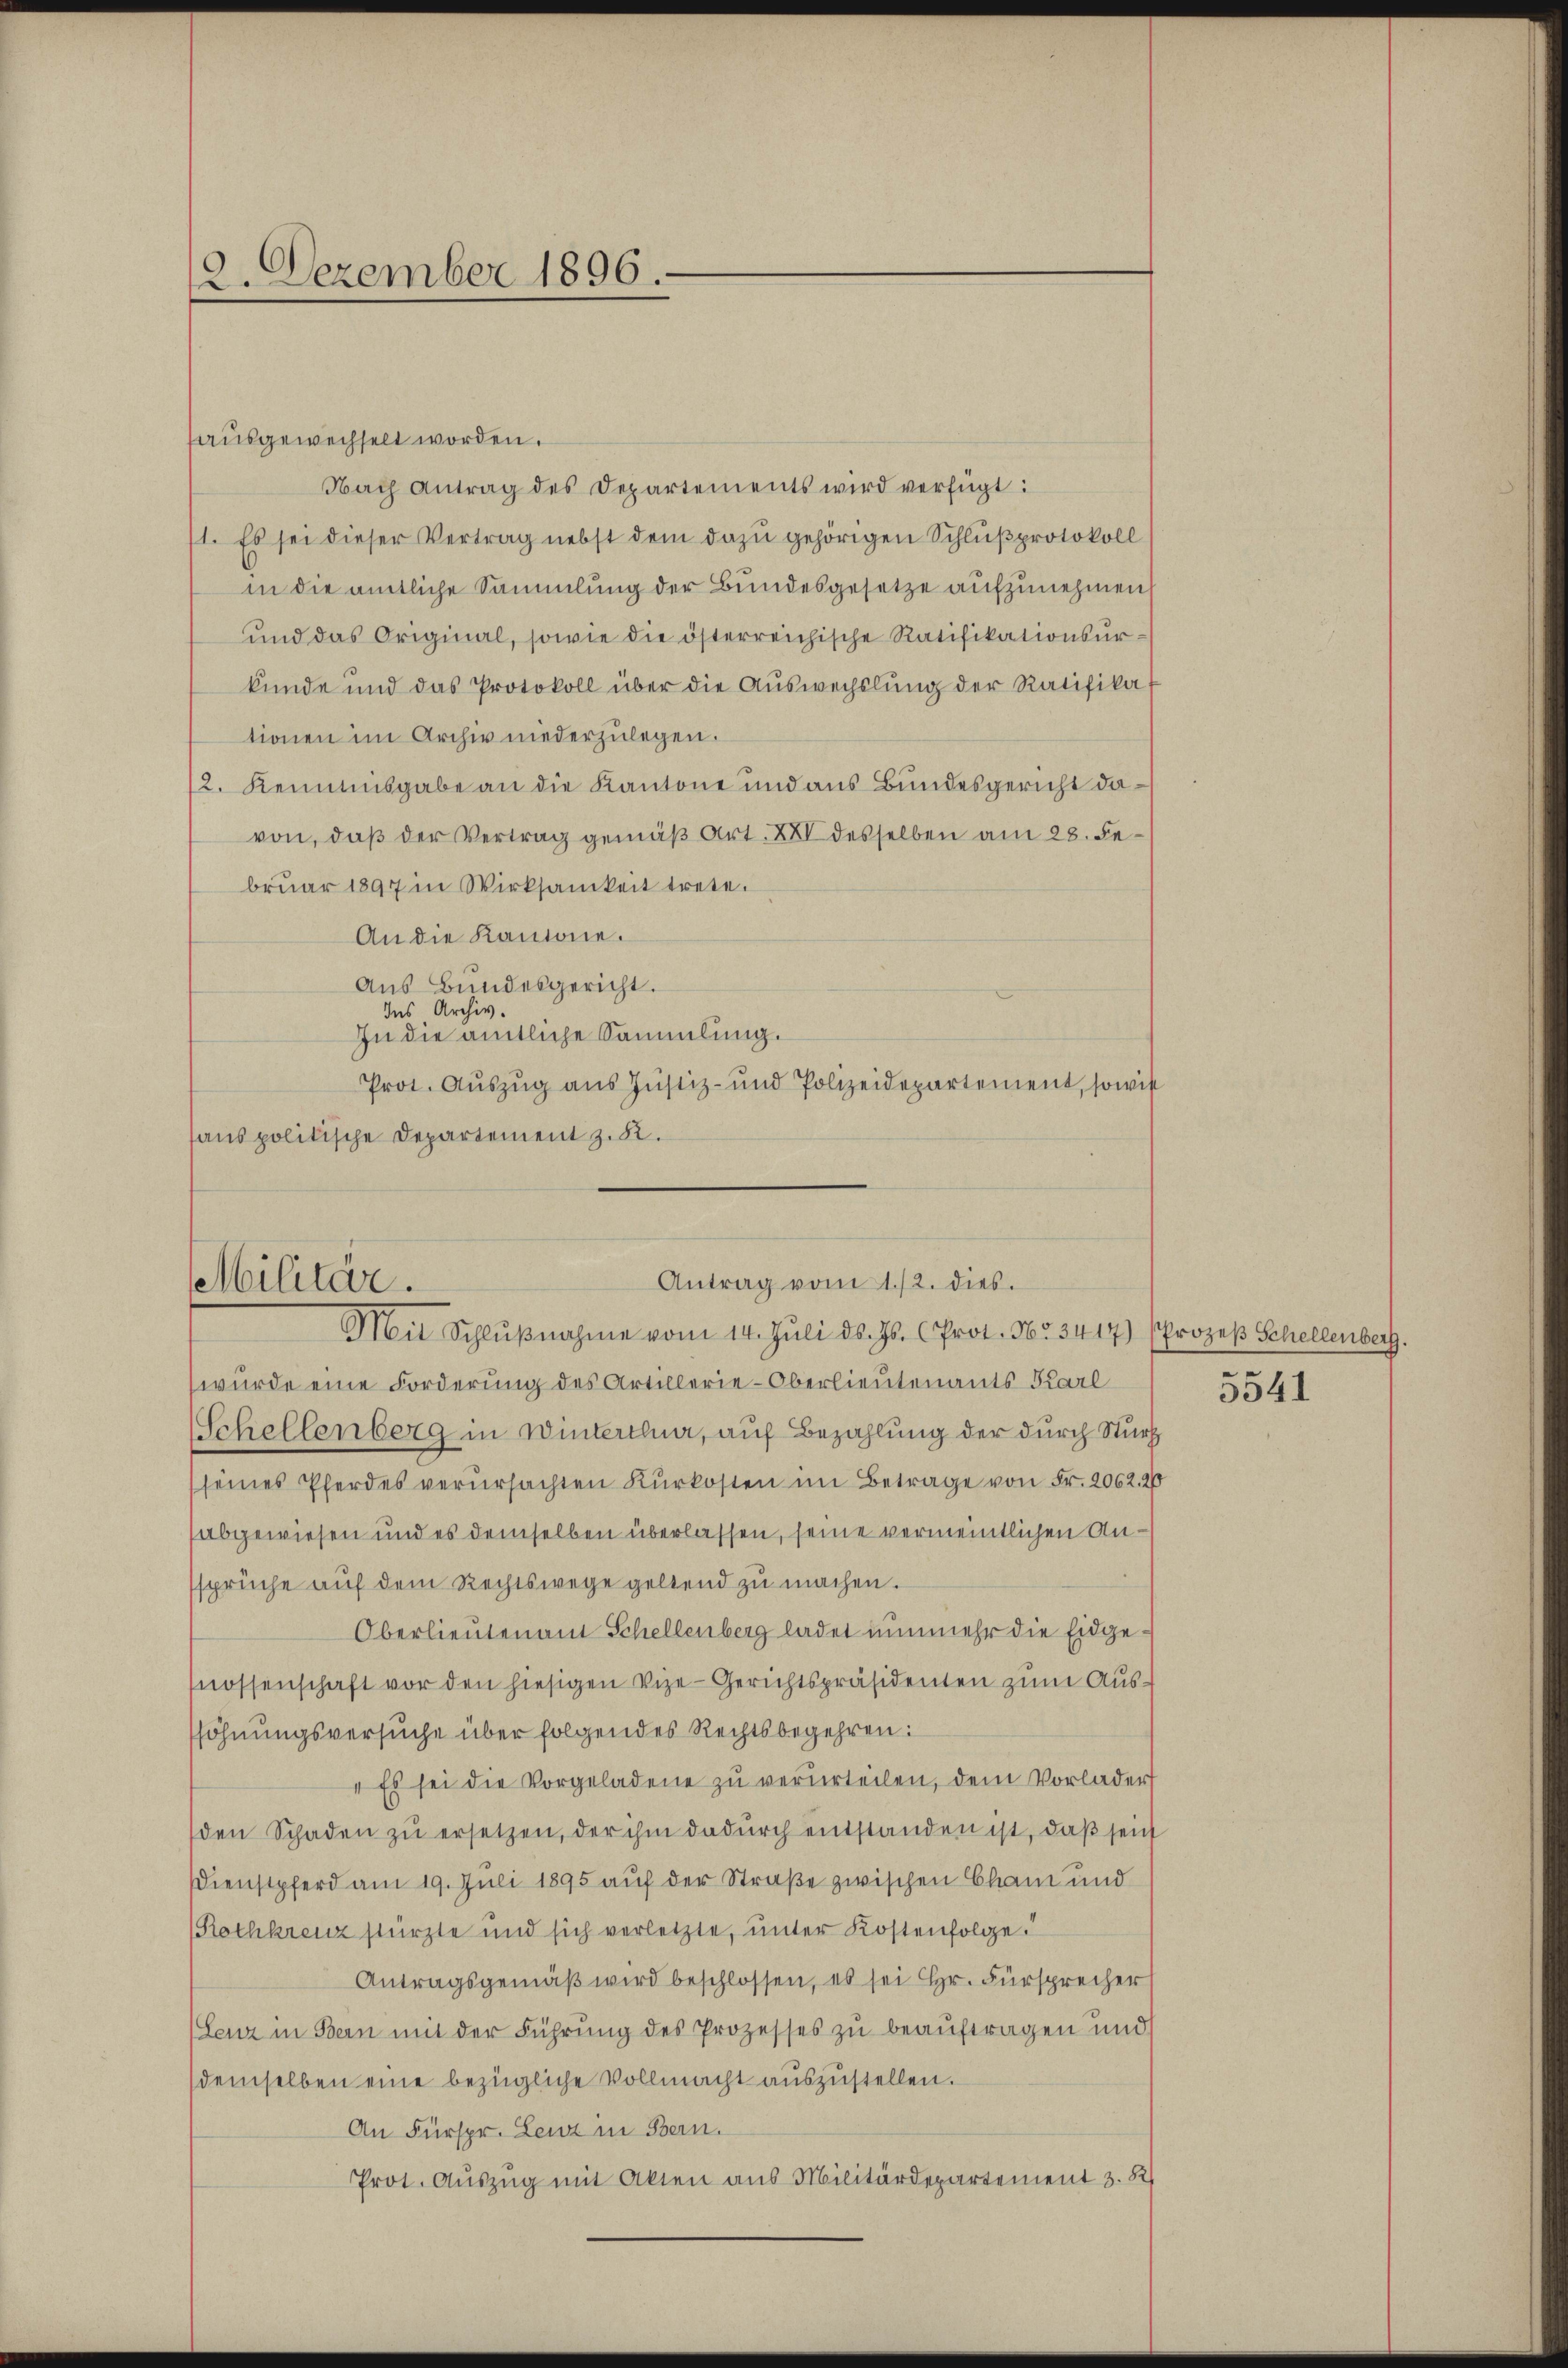
12. Dezember 1896.

sausgewechselt worden.
Nach Antrag des Departements wird verfügt:
71. Es sei dieser Vertrag nebst dem dazu gehörigen Schlußprotokoll
in die amtliche Sammlung der Bundesgesetze aufzunehmen
und das Original, sowie die österreichische Ratifikationsurkunde und das Protokoll über die Aŭswechslung der Ratifikat
tionen im Archiv niederzulegen.
2. Kenntnisgabe an die Kantone und aus Bundesgericht davon, daß der Vertrag gemäß Art. XXII desselben am 28. Febrŭar 1897 in Wirksamkeit trete.
An die Kantone.
Aŭs Bŭndesgericht.
Ins Archiv.
In die ämtliche Sammlung.
Prot. Auszug aus Justiz- und Polizeidepartement, sowie
sans politische Departement z. B.

Antrag vom 1./2. dies
Militär.
Mit Schlŭβnahme vom 14. Jŭli d. Js. Prot. Nr. 3417) (Prozeβ Schellenberg.

wurde eine Forderung des Artillerie-Oberlieutenants Karl
Schellenberg in Winterthur, auf Bezahlung der durch Sturz
(seines Pferdes verŭrsachten Kŭrkosten im Betrage von Fr. 2062. 26
abgewiesen und es demselben überlassen, seine vermeintlichen Ansprüche aŭf dem Rechtswege geltend zŭ machen.
Oberlieutenamt Schellenberg ladet nunmehr die Eidgenossenschaft vor den hiesigen Vize-Gerichtspräsidenten zum Aussöhnungsversuche über folgendes Rechtsbegehren:
" Es sei die Vorgeladene zu verurteilen, dem Vorlader
den Schaden zŭ ersetzen, der ihm dadurch entstanden ist, daß seinh
Dienstpferd am 19. Juli 1895 auf der Straße zwischen Cham und
/Rothkreuz stürzte und sich verletzte, unter Kostenfolge.
Antragsgemäβ wird beschlossen, es sei Hr. Fürsprecher
(Lenz in Bern mit der Führung des Prozesses zu beauftragen und
demselben eine bezügliche Vollmacht auszustellen.
An Fürspr. Lenz in Bern.
Prot. Auszug mit Akten aus Militärdepartement 3. R

5541